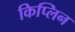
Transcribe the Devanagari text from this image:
किप्लिन